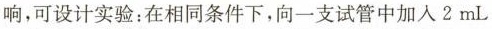
响，可设计实验：在相同条件下，向一支试管中加入2mL